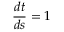
{ \frac { d t } { d s } } = 1